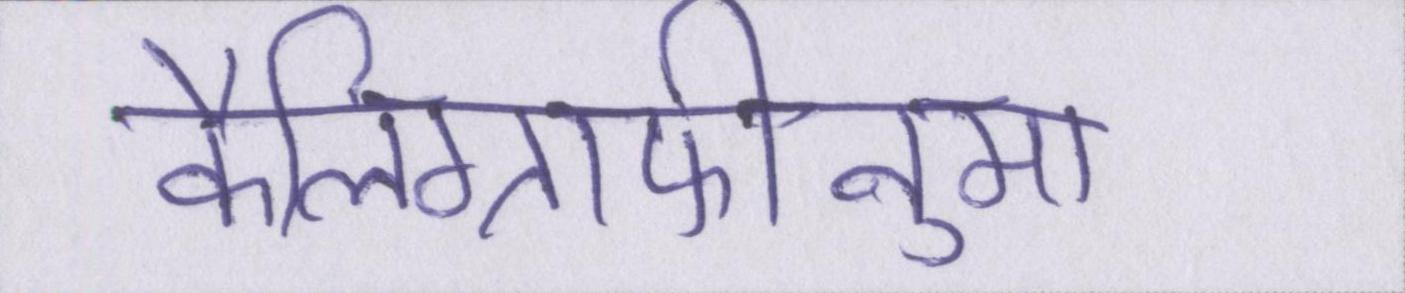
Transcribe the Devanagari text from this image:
कैलिग्राफीनुमा